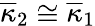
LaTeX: \overline{{\kappa}}_{2}\cong\overline{{\kappa}}_{1}